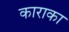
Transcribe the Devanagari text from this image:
काराका